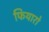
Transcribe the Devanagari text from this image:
फियारो